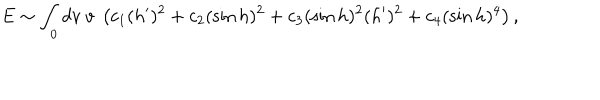
LaTeX: E \sim \int _ { 0 } d v ~ v ~ \left( c _ { 1 } ( h ^ { \prime } ) ^ { 2 } + c _ { 2 } ( \sin h ) ^ { 2 } + c _ { 3 } ( \sin h ) ^ { 2 } ( h ^ { \prime } ) ^ { 2 } + c _ { 4 } ( \sin h ) ^ { 4 } \right) ,